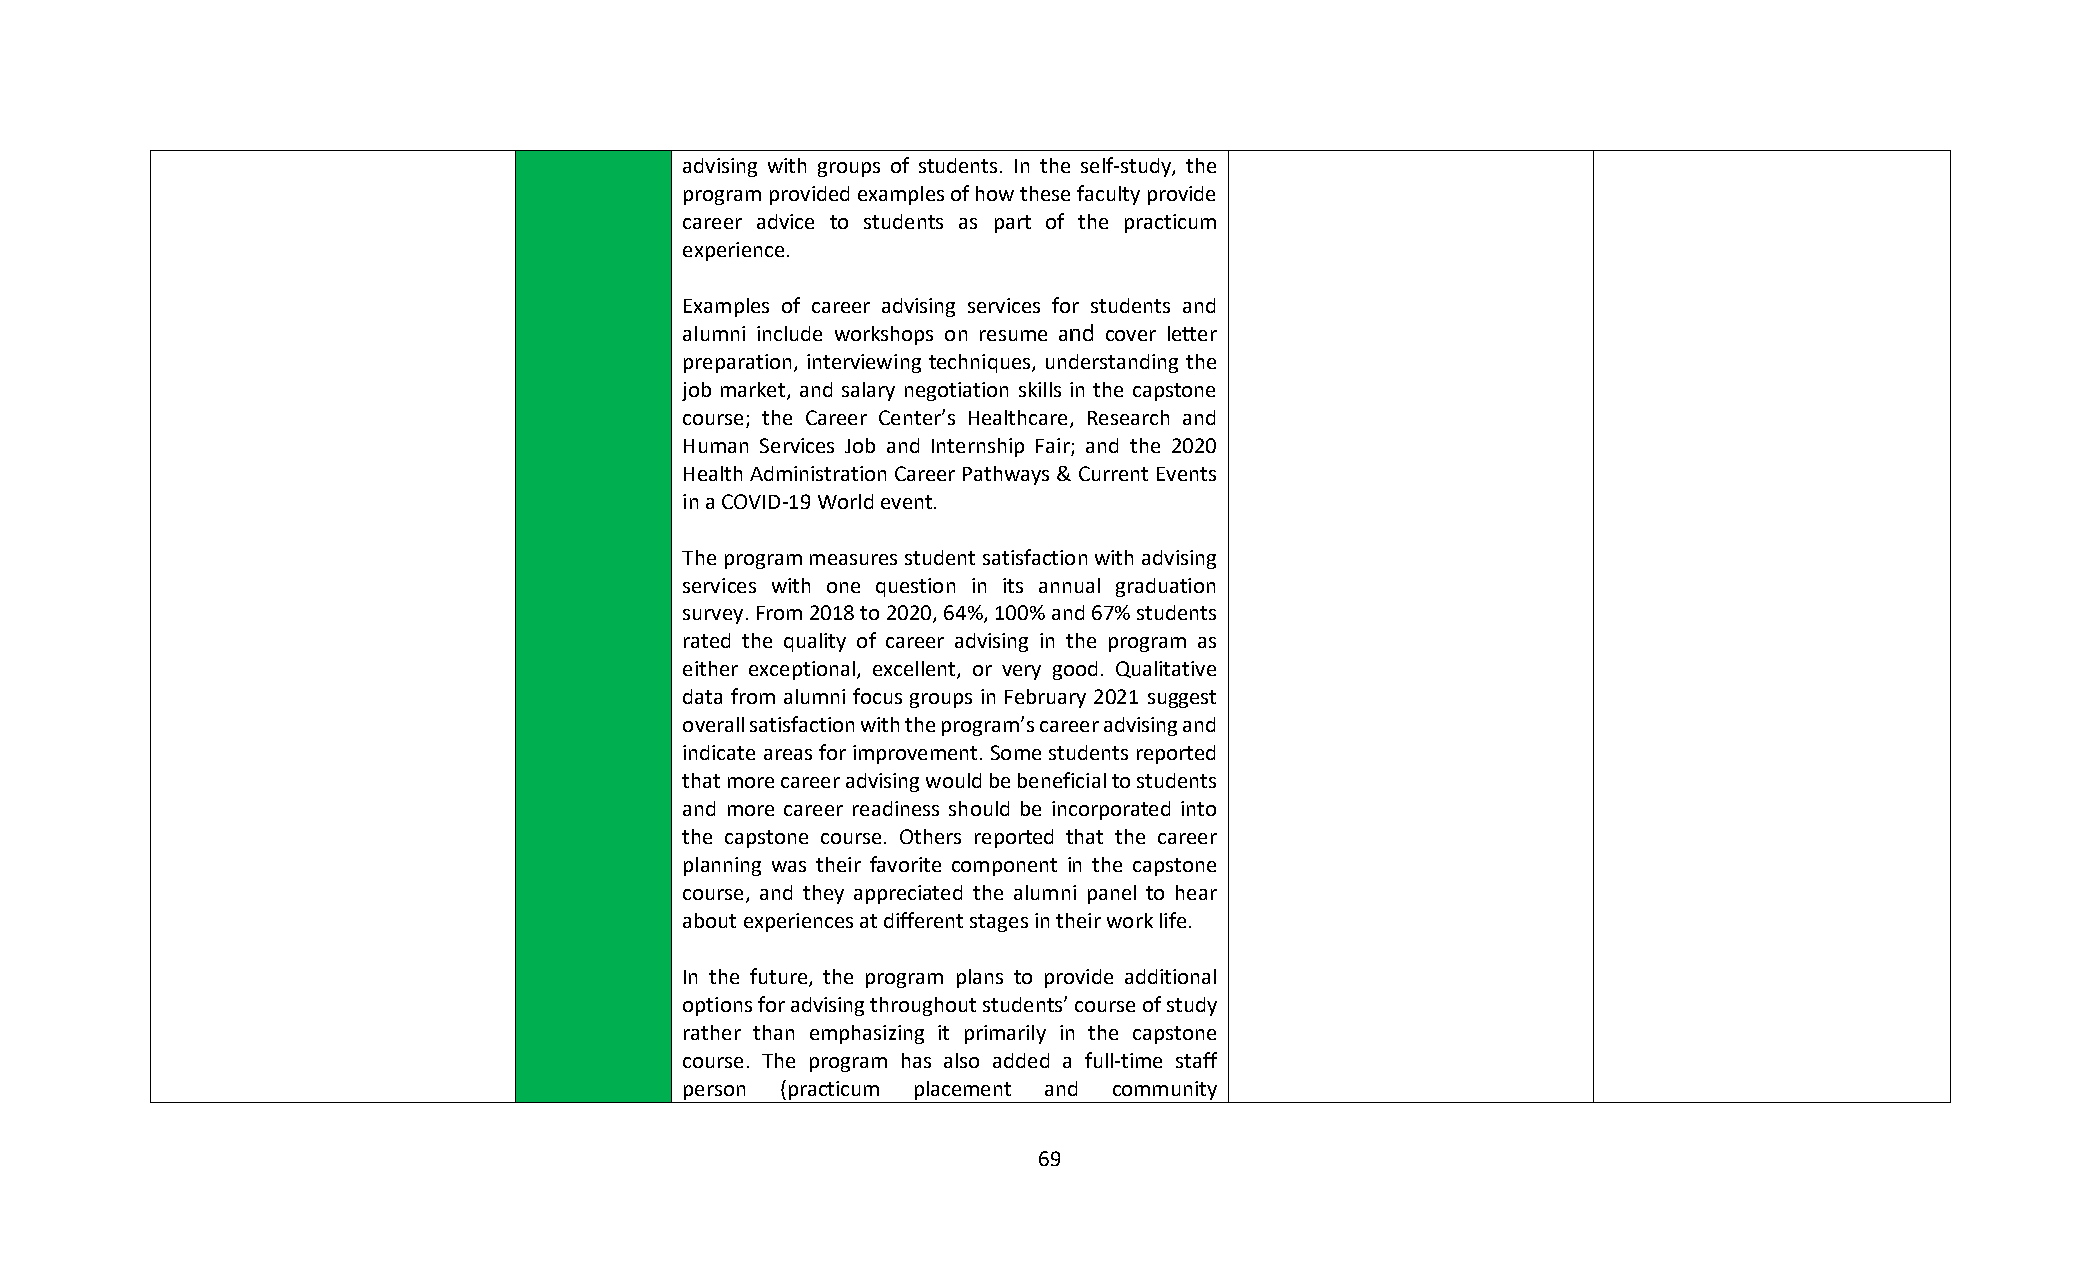
advising with groups of students. In the self-study, the
 program provided examples of how these faculty provide
 career advice to students as part of the practicum
 experience.
 Examples of career advising services for students and
 alumni include workshops on resume and cover letter
 preparation, interviewing techniques, understanding the
 job market, and salary negotiation skills in the capstone
 course; the Career Center’s Healthcare, Research and
 Human Services Job and Internship Fair; and the 2020
 Health Administration Career Pathways & Current Events
 in a COVID-19 World event.
 The program measures student satisfaction with advising
 services with one question in its annual graduation
 survey. From 2018 to 2020, 64%, 100% and 67% students
 rated the quality of career advising in the program as
 either exceptional, excellent, or very good. Qualitative
 data from alumni focus groups in February 2021 suggest
 overall satisfaction with the program’s career advising and
 indicate areas for improvement. Some students reported
 that more career advising would be beneficial to students
 and more career readiness should be incorporated into
 the capstone course. Others reported that the career
 planning was their favorite component in the capstone
 course, and they appreciated the alumni panel to hear
 about experiences at different stages in their work life.
 In the future, the program plans to provide additional
 options for advising throughout students’ course of study
 rather than emphasizing it primarily in the capstone
 course. The program has also added a full-time staff
 person (practicum placement and community
 69